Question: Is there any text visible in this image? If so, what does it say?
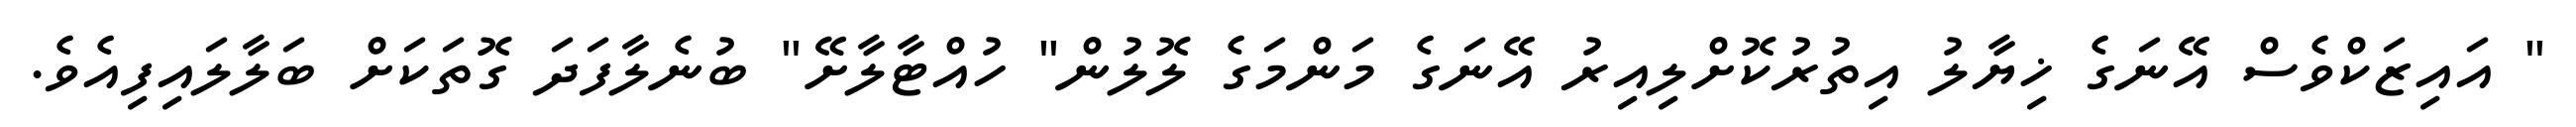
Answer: " އައިޒަކްވެސް އޭނަގެ ޚިޔާލު އިތުރުކޮށްލިއިރު އޭނަގެ މަންމަގެ ލޮލުން" ހުއްޓާލާށޭ" ބުނެލާފަދަ ގޮތަކަށް ބަލާލައިފިއެވެ.